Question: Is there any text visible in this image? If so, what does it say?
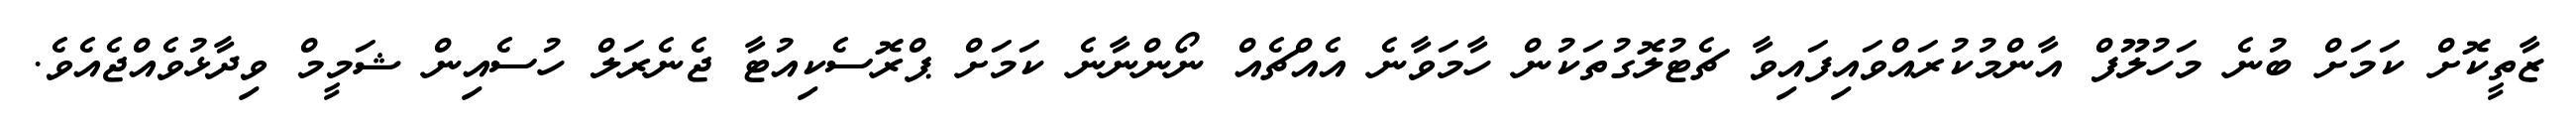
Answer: ޒާތީކޮށް ކަމަށް ބުނެ މަހުލޫފް އާންމުކުރައްވައިފައިވާ ޗެޓުލޮގުތަކުން ހާމަވާނެ އެއްޗެއް ނޯންނާނެ ކަމަށް ޕްރޮސެކިއުޓާ ޖެނެރަލް ހުސެއިން ޝަމީމް ވިދާޅުވެއްޖެއެވެ.